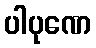
ပါပုဏေ